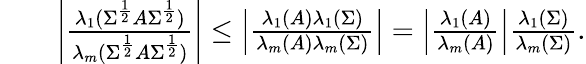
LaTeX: \begin{array}{rlr}&{}&{\left|\frac{\lambda_{1}(\Sigma^{\frac{1}{2}}A\Sigma^{\frac{1}{2}})}{\lambda_{m}(\Sigma^{\frac{1}{2}}A\Sigma^{\frac{1}{2}})}\right|\leq\left|\frac{\lambda_{1}(A)\lambda_{1}(\Sigma)}{\lambda_{m}(A)\lambda_{m}(\Sigma)}\right|=\left|\frac{\lambda_{1}(A)}{\lambda_{m}(A)}\right|\frac{\lambda_{1}(\Sigma)}{\lambda_{m}(\Sigma)}.}\end{array}